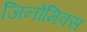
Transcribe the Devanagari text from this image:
जिनोमिक्स